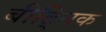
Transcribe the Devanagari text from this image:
बीट्निक